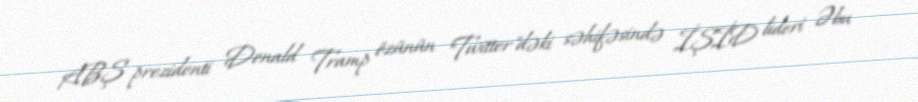
ABŞ prezidenti Donald Tramp özünün "Twitter"dəki səhifəsində İŞİD lideri Əbu